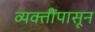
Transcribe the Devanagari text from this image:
व्यक्तींपासून